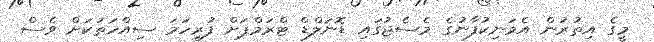
މީގެ އިތުރުން އެމަނިކުފާނުގެ މެސެޖުގައި ޑޮނަލްޑް ޓްރަމްޕަށް ފުރިހަމަ ސިއްހަތަކަށް ވެސް